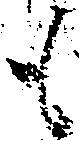
も